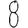
Digit: 8